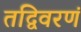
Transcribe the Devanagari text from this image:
तद्विवरणं